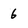
Character: 6